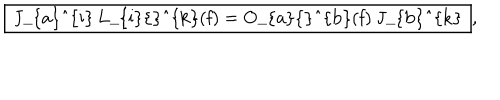
\fbox { J _ { a } ^ { i } L _ { i } { } ^ { k } ( f ) = O _ { a } { } ^ { b } ( f ) J _ { b } ^ { k } } ,